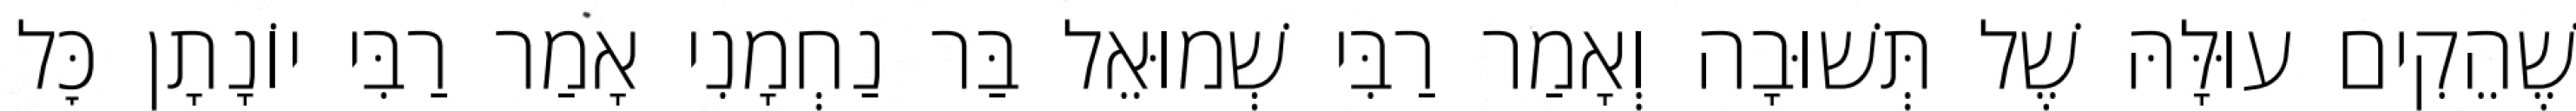
שֶׁהֵקִים עוּלָּהּ שֶׁל תְּשׁוּבָה וְאָמַר רַבִּי שְׁמוּאֵל בַּר נַחְמָנִי אָמַר רַבִּי יוֹנָתָן כׇּל